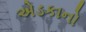
એડકાનો